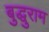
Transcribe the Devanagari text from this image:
बुद्धुराम